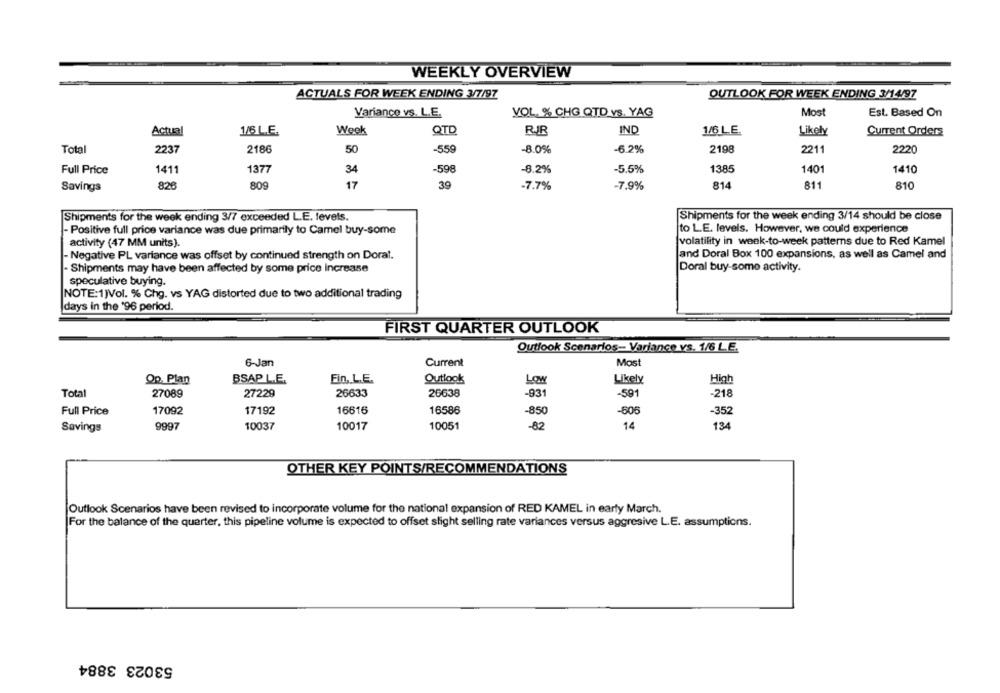
WEEKLY OVERVIEW
ACTUALS FOR WEEK ENDING 3/7/97
OUTLOOK FOR WEEK ENDING 3/14/97
Variance vs. L.E.
VOL. % CHG QTD vs. YAG
Most
Est. Based On
Actual
1/6 L.E.
Week
QTD
RJR
IND
1/6 LE.
Likely
Current Orders
Total
2237
2186
50
-559
-8.0%
-6.2%
2198
2211
2220
Full Price
1411
1377
34
-598
-8.2%
-5.5%
1385
1401
1410
826
809
17
39
-7.7%
-7.9%
814
811
810
Savings
Shipments for the week ending 3/7 exceeded L.E. levels.
Shipments for the week ending 3/14 should be close
to L.E. levels. However, we could experience
- Positive full price variance was due primarily to Camel buy-some
activity (47 MM units).
volatility in week-to-week patterns due to Red Kamel
Negative PL variance was offset by continued strength on Dorat.
and Doral Box 100 expansions, as well as Camel and
- Shipments may have been affected by some price increase
Doral buy-some activity.
speculative buying.
NOTE:1)Vol. % Chg. vs YAG distorted due to two additional trading
days in the '96 period.
FIRST QUARTER OUTLOOK
Outlook Scenarios- Variance vs. 1/6 L.E.
6-Jan
Current
Most
Op. Plan
BSAP L.E.
Fin. L.E.
Outlook
Low
Likely
High
Total
27089
27229
26633
26638
-931
-591
-218
Full Price
17092
17192
16616
16586
-850
-605
-352
Savings
9997
10037
10017
10051
-82
14
134
OTHER KEY POINTS/RECOMMENDATIONS
Outlook Scenarios have been revised to incorporate volume for the national expansion of RED KAMEL in early March.
For the balance of the quarter, this pipeline volume is expected to offset slight selling rate variances versus aggresive L.E. assumptions.
53023 3884